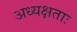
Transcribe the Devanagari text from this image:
अध्यक्षताः